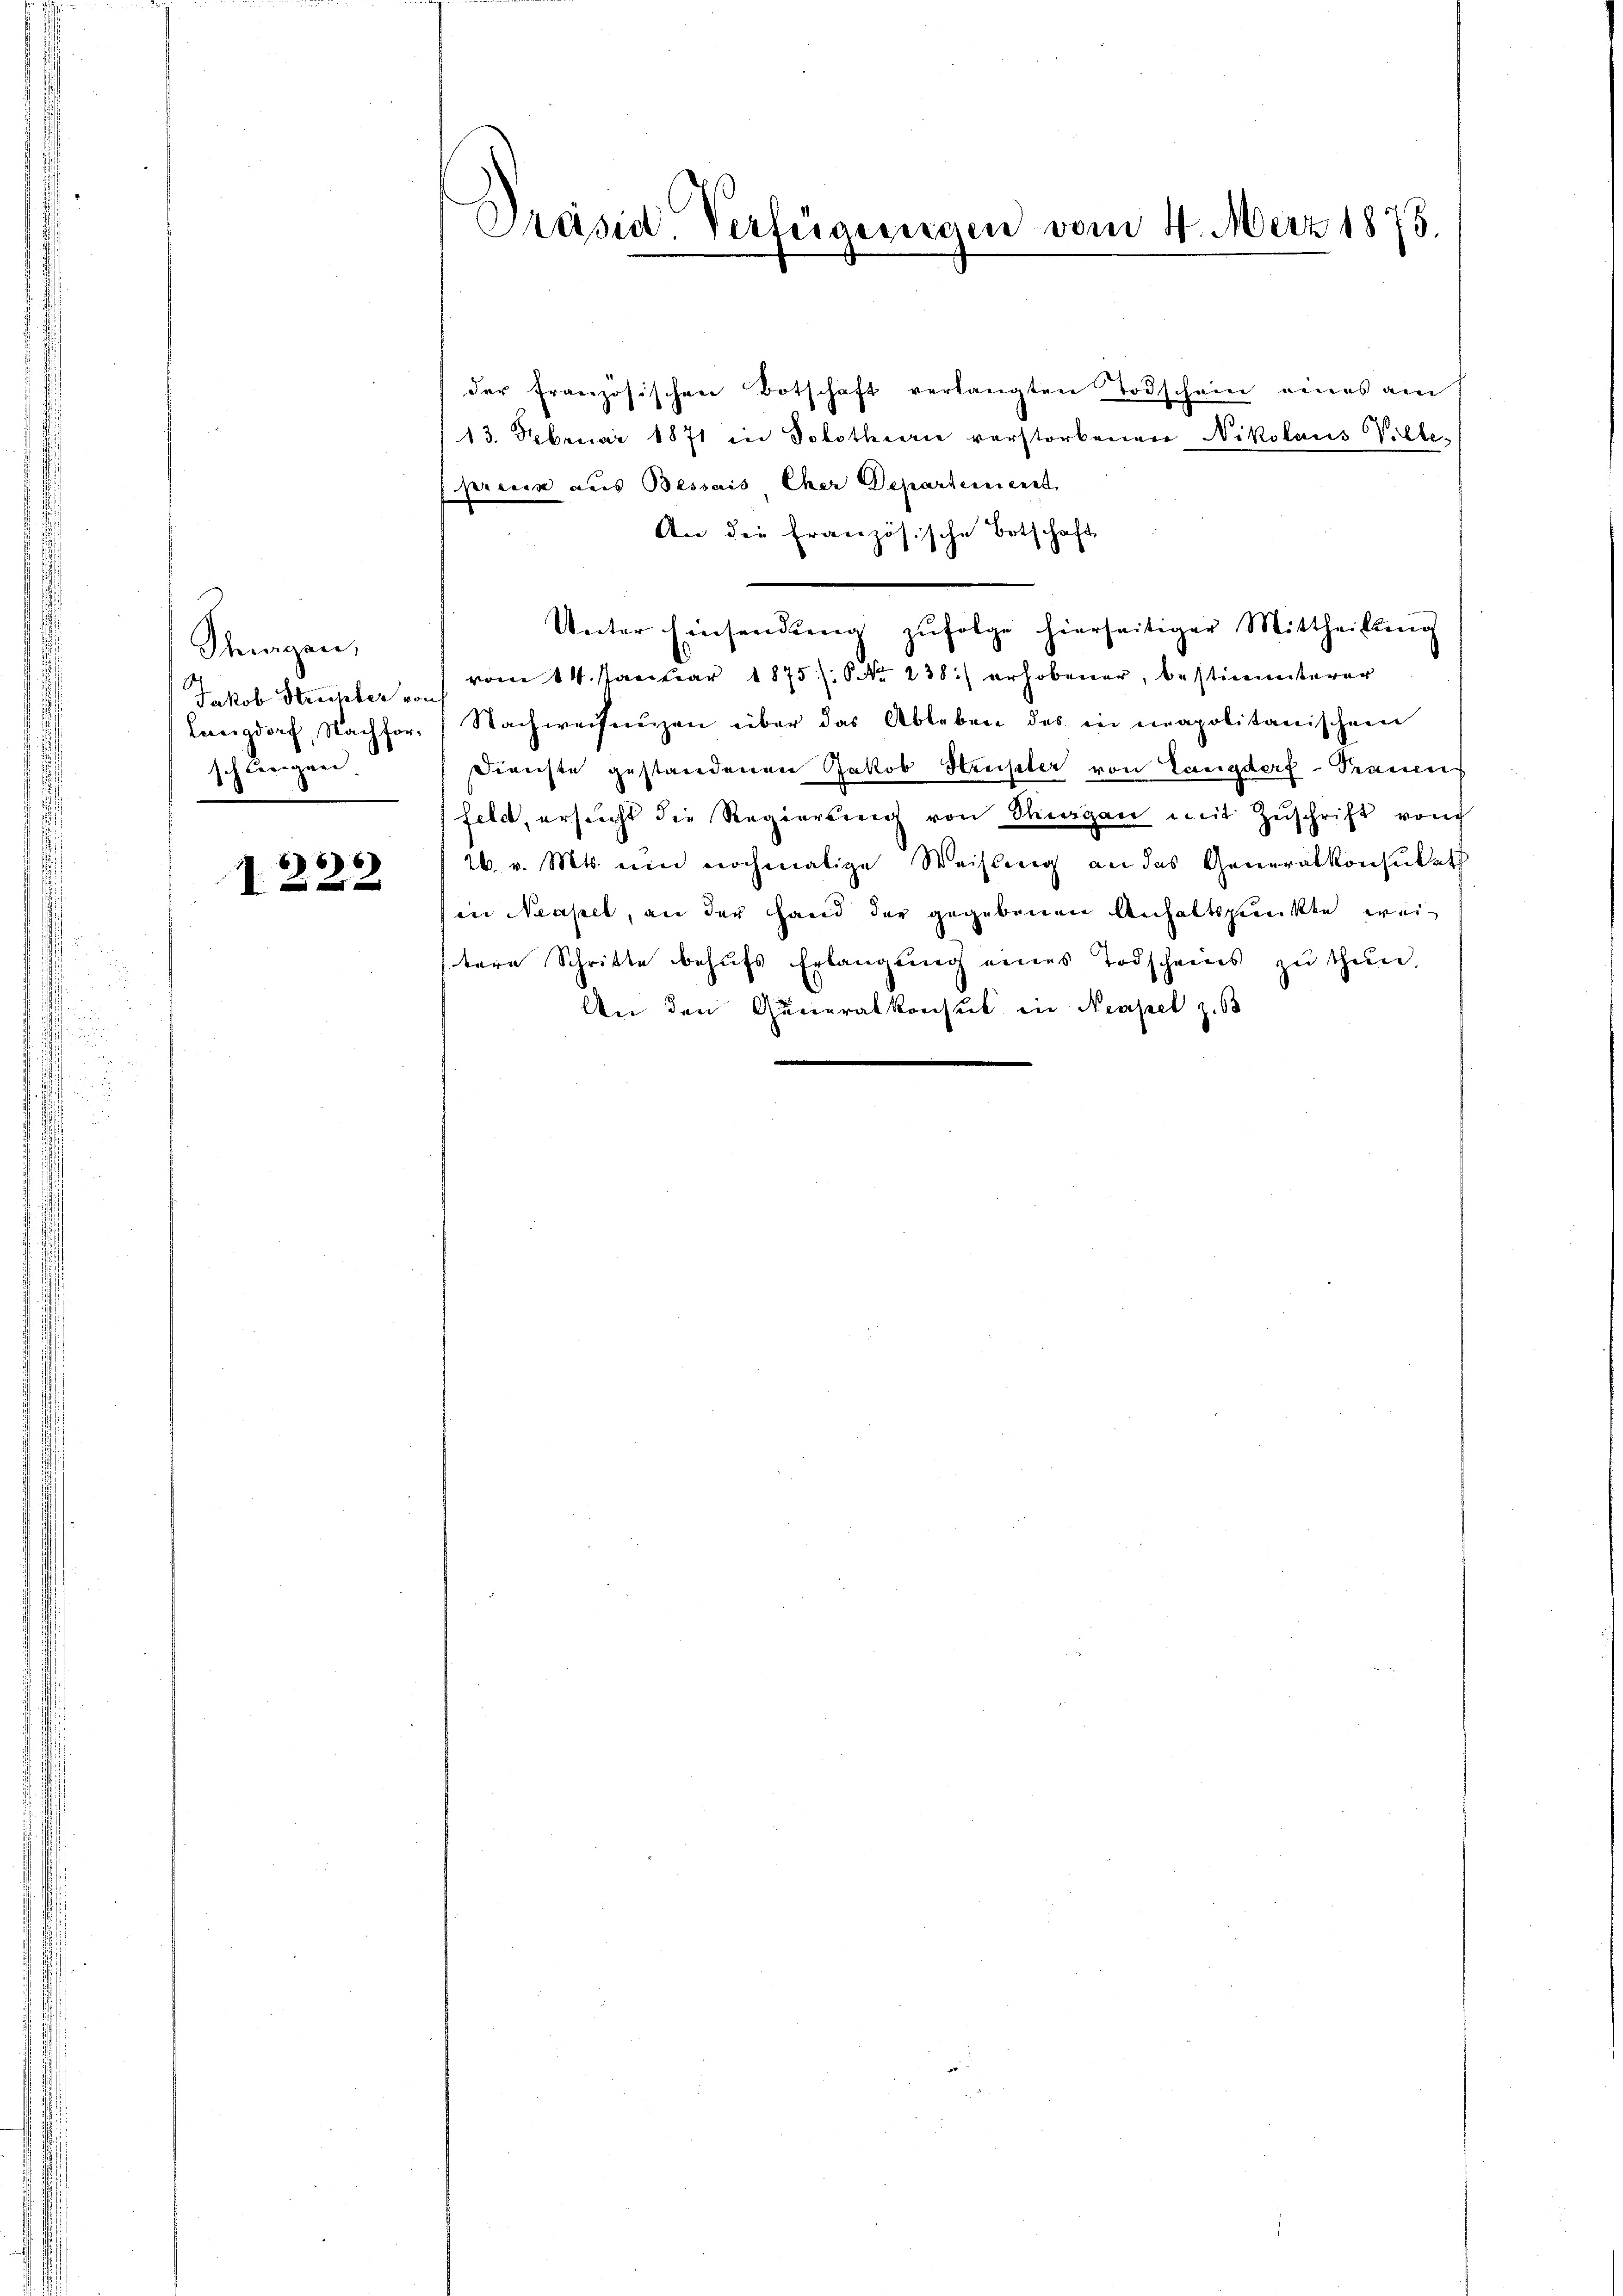
Stagen,
Langdorf, Nachforschlingen.

67
1 f 0 x

Präsid. Verfügungen vom 4. März 1875.

der französischen Botschaft verlangten Todschein eines am
13. Februar 1871 in Solothurn verstorbenen Nikolaus Ville-
pereuer aus Bessais Cher Departerienst
An die Französische Botschaft
¬
Unter Einsendung zŭfolge hierseitiger Mittheilung
Jakob Streckler " vom 14. Janŭar 1875): No 238.) erhobener, bestimmterer
Nachweisungen über das Ableben des in napolitanischen
Dienste gestandenen Jakob Strupler von Langdorf - Trauens
feld, ersucht die Regierung von Stiergan mit Zŭschrift von
26. v. Mts. um nochmalige Weisung an das Generalkonsulat
in Neapel, an der Hand der gegebenen Anhaltspunkte wei
tere Schritte behŭfs Erlangŭng eines Todscheins zŭ thŭn.
An den Quneralkonsul in Neapel z